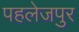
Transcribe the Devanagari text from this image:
पहलेजपुर